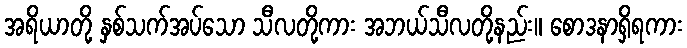
အရိယာတို့ နှစ်သက်အပ်သော သီလတို့ကား အဘယ်သီလတို့နည်း။ စောဒနာရှိရကား